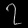
Digit: ၇